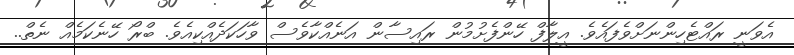
އެވަނީ ރައްޓެހިންނަށްވެފައެވެ. އީލާފް ހޭންފެށުމުން ރައިސާން އަނެއްކާވެސް ވާހަކަދެއްކިއެވެ. ބްރޯ ހޭނެކަމެއް ނެތް..